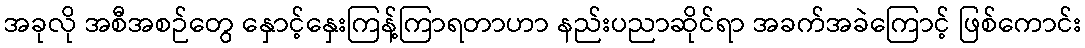
အခုလို အစီအစဉ်တွေ နှောင့်နှေးကြန့်ကြာရတာဟာ နည်းပညာဆိုင်ရာ အခက်အခဲကြောင့် ဖြစ်ကောင်း